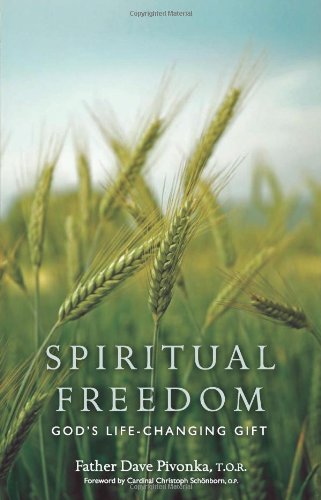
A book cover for Spiritual Freedom: God's Life-Changing Gift; Father Dave Pivonka T.O.R.; Christian Books & Bibles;